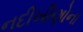
નદીખીણોના